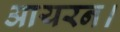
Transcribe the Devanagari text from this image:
आयरन।